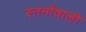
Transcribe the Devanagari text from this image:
स्तनोंवाली